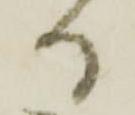
る